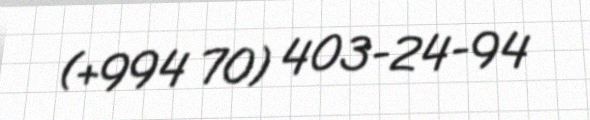
(+994 70) 403-24-94